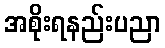
အစိုးရနည်းပညာ